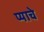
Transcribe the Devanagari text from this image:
प्याचे